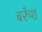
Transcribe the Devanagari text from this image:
बरुँश